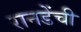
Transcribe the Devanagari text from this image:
रानडेंची